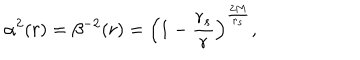
LaTeX: \alpha ^ { 2 } ( r ) = \beta ^ { - 2 } ( r ) = \left( 1 - { \frac { r _ { s } } { r } } \right) ^ { \frac { 2 M } { r _ { s } } } ,